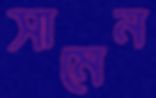
সামেন